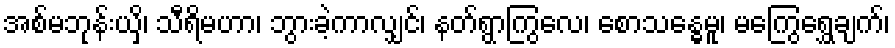
အစ်မဘုန်းယှိ၊ သီရိမဟာ၊ ဘွားခဲ့ကာလျှင်၊ နတ်ရွာကြွလေ၊ စောသန္ဓေမူ၊ မကြွေရွှေချက်၊